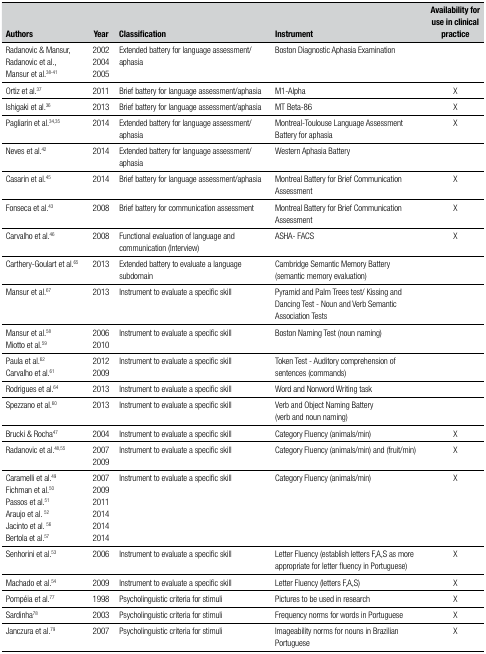
<table><thead><tr><td><b>Authors</b></td><td><b>Year</b></td><td><b>Classification</b></td><td><b>Instrument</b></td><td><b>Availability for use in clinical practice</b></td></tr></thead><tbody><tr><td>Radanovic &amp; Mansur, Radanovic et al., Mansur et al.<sup>38-41</sup></td><td>2002 2004 2005</td><td>Extended battery for language assessment/aphasia</td><td>Boston Diagnostic Aphasia Examination</td><td> </td></tr><tr><td>Ortiz et al.<sup>37</sup></td><td>2011</td><td>Brief battery for language assessment/aphasia</td><td>M1-Alpha</td><td>X</td></tr><tr><td>Ishigaki et al.<sup>36</sup></td><td>2013</td><td>Brief battery for language assessment/aphasia</td><td>MT Beta-86</td><td>X</td></tr><tr><td>Pagliarin et al.<sup>34,35</sup></td><td>2014</td><td>Extended battery for language assessment/aphasia</td><td>Montreal-Toulouse Language Assessment Battery foraphasia</td><td>X</td></tr><tr><td>Neves et al.<sup>42</sup></td><td>2014</td><td>Extended battery for language assessment/aphasia</td><td>Western Aphasia Battery</td><td> </td></tr><tr><td>Casarin et al.<sup>45</sup></td><td>2014</td><td>Brief battery for language assessment/aphasia</td><td>Montreal Battery for Brief CommunicationAssessment</td><td>X</td></tr><tr><td>Fonseca et al.<sup>43</sup></td><td>2008</td><td>Brief battery for communication assessment</td><td>Montreal Battery for Brief CommunicationAssessment</td><td>X</td></tr><tr><td>Carvalho et al.<sup>46</sup></td><td>2008</td><td>Functional evaluation of language and communication(Interview)</td><td>ASHA- FACS</td><td>X</td></tr><tr><td>Carthery-Goulart et al.<sup>65</sup></td><td>2013</td><td>Extended battery to evaluate a language subdomain</td><td>Cambridge Semantic Memory Battery(semanticmemory evaluation)</td><td> </td></tr><tr><td>Mansur et al.<sup>67</sup></td><td>2013</td><td>Instrument to evaluate a specific skill</td><td>Pyramid and Palm Trees test/ Kissing and Dancing Test -Noun and Verb Semantic Association Tests</td><td> </td></tr><tr><td>Mansur et al.<sup>58</sup> Miotto et al.<sup>59</sup></td><td>2006 2010</td><td>Instrument to evaluate a specific skill</td><td>Boston Naming Test (noun naming)</td><td> </td></tr><tr><td>Paula et al.<sup>62</sup> Carvalho et al.<sup>61</sup></td><td>2012 2009</td><td>Instrument to evaluate a specific skill</td><td>Token Test - Auditory comprehension of sentences(commands)</td><td> </td></tr><tr><td>Rodrigues et al.<sup>64</sup></td><td>2013</td><td>Instrument to evaluate a specific skill</td><td>Word and Nonword Writing task</td><td> </td></tr><tr><td>Spezzano et al.<sup>60</sup></td><td>2013</td><td>Instrument to evaluate a specific skill</td><td>Verb and Object Naming Battery(verb and nounnaming)</td><td> </td></tr><tr><td>Brucki &amp; Rocha<sup>47</sup></td><td>2004</td><td>Instrument to evaluate a specific skill</td><td>Category Fluency (animals/min)</td><td>X</td></tr><tr><td>Radanovic et al.<sup>48,55</sup></td><td>2007 2009</td><td>Instrument to evaluate a specific skill</td><td>Category Fluency (animals/min) and (fruit/min)</td><td>X</td></tr><tr><td>Caramelli et al.<sup>49</sup> Fichman et al.<sup>50</sup> Passos etal.<sup>51</sup> Araujo et al. <sup>52</sup> Jacinto et al. <sup>56</sup> Bertola etal.<sup>57</sup></td><td>2007 2009 2011 20142014 2014</td><td>Instrument to evaluate a specific skill</td><td>Category Fluency (animals/min)</td><td>X</td></tr><tr><td>Senhorini et al.<sup>53</sup></td><td>2006</td><td>Instrument to evaluate a specific skill</td><td>Letter Fluency (establish letters F,A,S as moreappropriate for letter fluency in Portuguese)</td><td>X</td></tr><tr><td>Machado et al.<sup>54</sup></td><td>2009</td><td>Instrument to evaluate a specific skill</td><td>Letter Fluency (letters F,A,S)</td><td>X</td></tr><tr><td>Pompéia et al.<sup>77</sup></td><td>1998</td><td>Psycholinguistic criteria for stimuli</td><td>Pictures to be used in research</td><td>X</td></tr><tr><td>Sardinha<sup>78</sup></td><td>2003</td><td>Psycholinguistic criteria for stimuli</td><td>Frequency norms for words in Portuguese</td><td>X</td></tr><tr><td>Janczura et al.<sup>79</sup></td><td>2007</td><td>Psycholinguistic criteria for stimuli</td><td>Imageability norms for nouns in BrazilianPortuguese</td><td>X</td></tr></tbody></table>